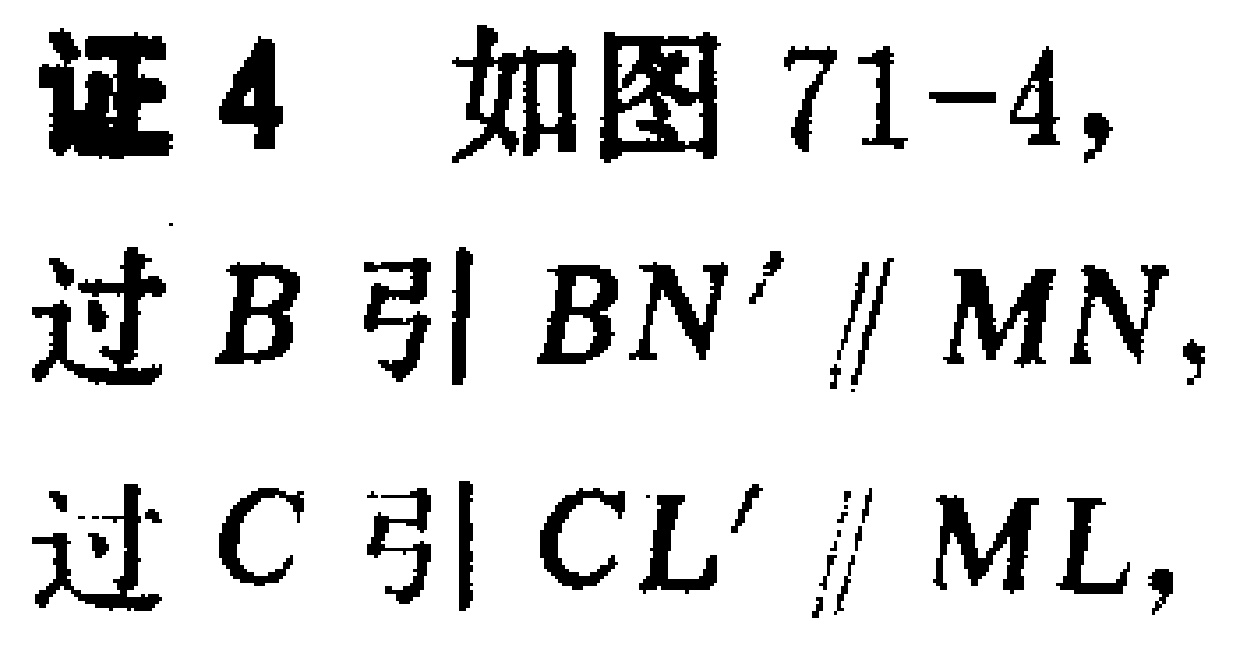
证4 如图71-4, 过\(B\)引\(BN'\parallel MN\), 过\(C\)引\(CL'\parallel ML\),